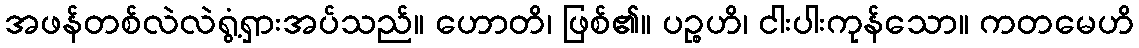
အဖန်တစ်လဲလဲရွံ့ရှားအပ်သည်။ ဟောတိ၊ ဖြစ်၏။ ပဉ္စဟိ၊ ငါးပါးကုန်သော။ ကတမေဟိ